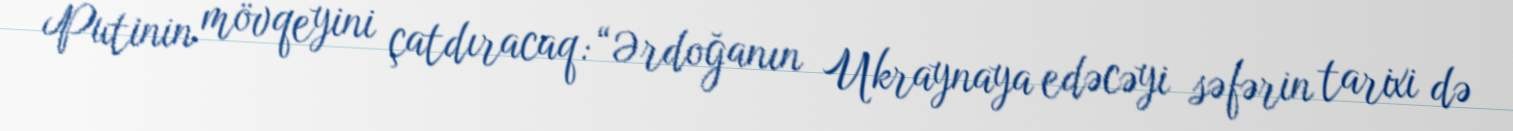
Putinin mövqeyini çatdıracaq: “Ərdoğanın Ukraynaya edəcəyi səfərin tarixi də